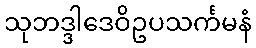
သုဘဒ္ဒါဒေဝိဥပသင်္ကမနံ